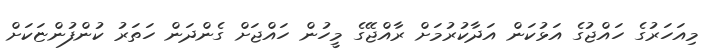
މިއަހަރުގެ ހައްޖުގެ އަޅުކަން އަދާކުރުމަށް ރާއްޖޭގެ މީހުން ހައްޖަށް ގެންދަން ހަތަރު ކުންފުންޏަކަށް